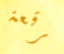
فرقعة